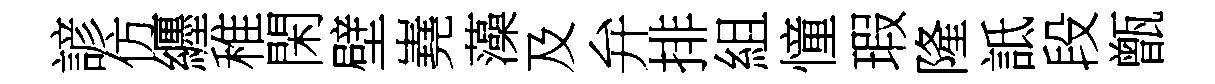
諺仿纒稚閑壁嶤藻及弁排組憧瑕隆詆段甑